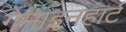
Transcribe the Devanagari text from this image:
गेमाइनहार्ट